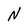
Character: N